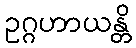
ဥဂ္ဂဟာယန္တိ